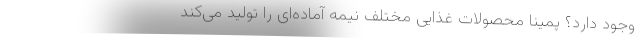
وجود دارد؟ پمینا محصولات غذایی مختلف نیمه آماده‌ای را تولید می‌کند